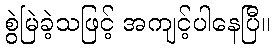
စွဲမြဲခဲ့သဖြင့် အကျင့်ပါနေပြီ။